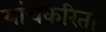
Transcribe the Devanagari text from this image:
यांचेकरिता